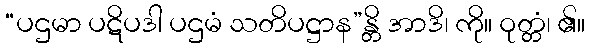
“ပဌမာ ပဋိပဒါ ပဌမံ သတိပဋ္ဌာန”န္တိ အာဒိ၊ ကို။ ဝုတ္တံ၊ ၏။